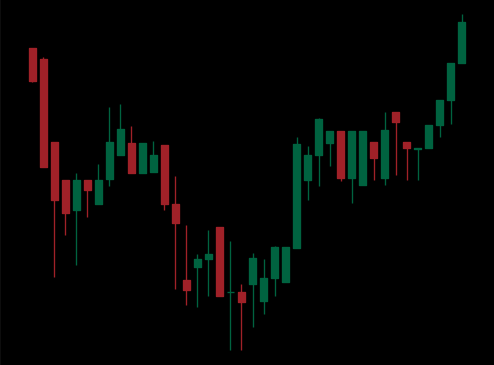
Pattern: inverse_head_shoulders